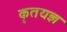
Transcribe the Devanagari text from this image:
कृतयज्ञ